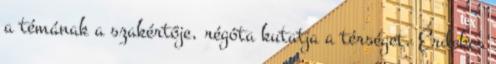
a témának a szakértője, régóta kutatja a térséget. Érdekes